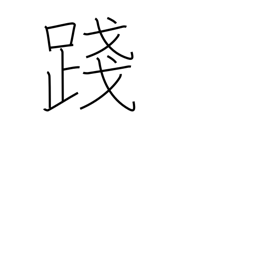
Meaning: trample